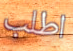
اطلب